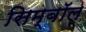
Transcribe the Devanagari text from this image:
सिम्बॉल